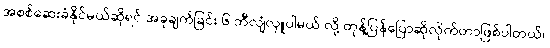
အစစ်ဆေးခံနိုင်မယ်ဆိုရင် အခုချက်ခြင်း ၆ ဘီလျံလှူပါမယ် လို့ တုန့်ပြန်ပြောဆိုလိုက်တာဖြစ်ပါတယ်။